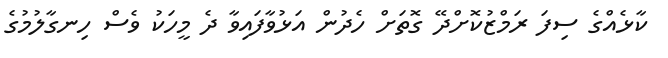
ކާޅެއްގެ ސިފަ ރަމްޒުކޮށްދޭ ގޮތަށް ހެދުން އަޅުވާފައިވާ ދެ މީހަކު ވެސް ހިނގާލުމުގެ